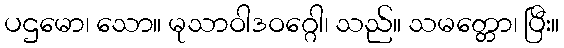
ပဌမော၊ သော။ မုသာဝါဒဝဂ္ဂေါ၊ သည်။ သမတ္တော၊ ပြီး။